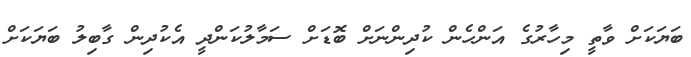
ބަޔަކަށް ވާތީ މިހާރުގެ އަންހެން ކުދިންނަށް ބޮޑަށް ސަމާލުކަންދީ އެކުދިން ގާބިލު ބަޔަކަށް